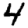
Digit: 4